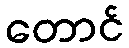
တောင်